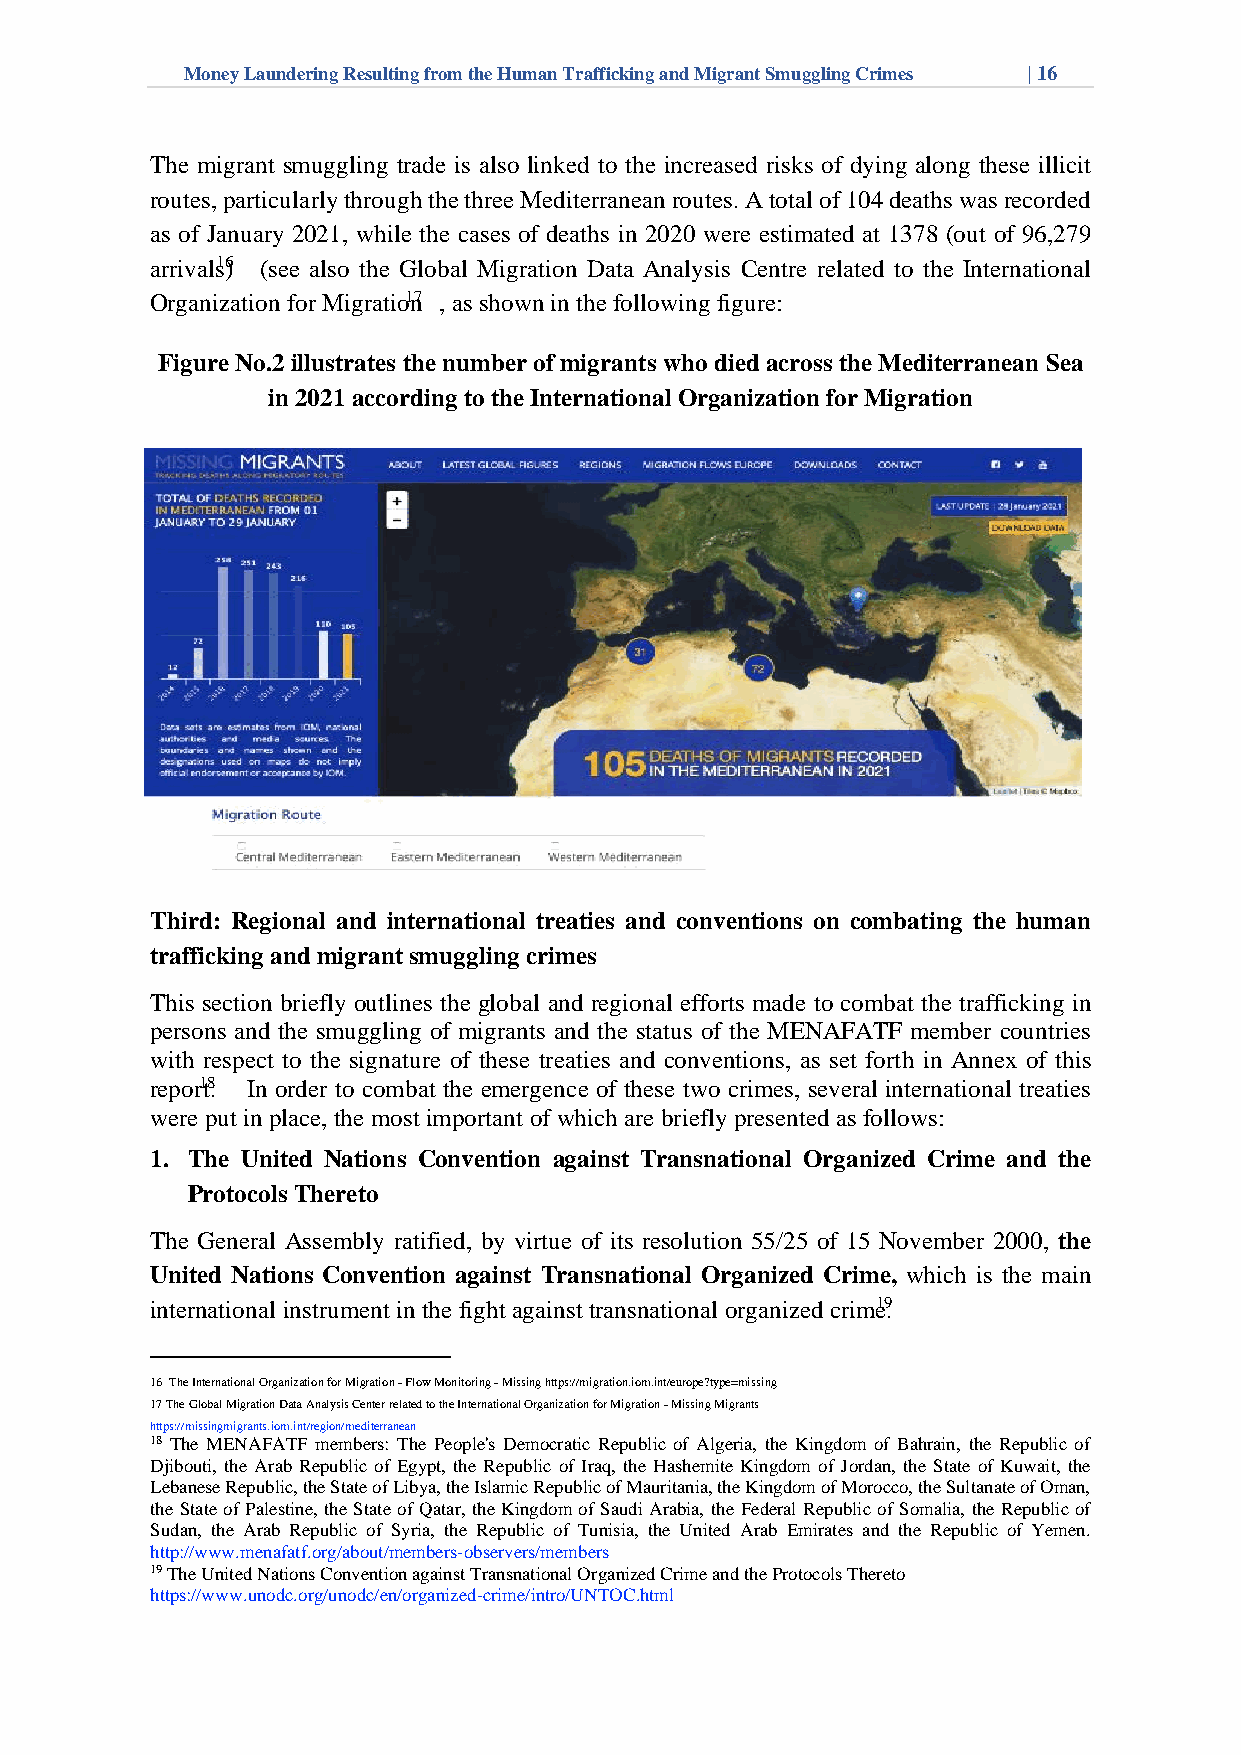
Money Laundering Resulting from the Human Trafficking and Migrant Smuggling Crimes | 16
 The migrant smuggling trade is also linked to the increased risks of dying along these illicit
 routes, particularly through the three Mediterranean routes. A total of 104 deaths was recorded
 as of January 2021, while the cases of deaths in 2020 were estimated at 1378 (out of 96,279
 arrivals16) (see also the Global Migration Data Analysis Centre related to the International
 Organization for Migratio1n7 , as shown in the following figure:
 Figure No.2 illustrates the number of migrants who died across the Mediterranean Sea
 in 2021 according to the International Organization for Migration
 Third: Regional and international treaties and conventions on combating the human
 trafficking and migrant smuggling crimes
 This section briefly outlines the global and regional efforts made to combat the trafficking in
 persons and the smuggling of migrants and the status of the MENAFATF member countries
 with respect to the signature of these treaties and conventions, as set forth in Annex of this
 repor1t8. In order to combat the emergence of these two crimes, several international treaties
 were put in place, the most important of which are briefly presented as follows:
 1. The United Nations Convention against Transnational Organized Crime and the
 Protocols Thereto
 The General Assembly ratified, by virtue of its resolution 55/25 of 15 November 2000, the
 United Nations Convention against Transnational Organized Crime, which is the main
 international instrument in the fight against transnational organized crime19.
 16 The International Organization for Migration - Flow Monitoring - Missing https://migration.iom.int/europe?type=missing
 17 The Global Migration Data Analysis Center related to the International Organization for Migration - Missing Migrants
 https://missingmigrants.iom.int/region/mediterranean
 18 The MENAFATF members: The People's Democratic Republic of Algeria, the Kingdom of Bahrain, the Republic of
 Djibouti, the Arab Republic of Egypt, the Republic of Iraq, the Hashemite Kingdom of Jordan, the State of Kuwait, the
 Lebanese Republic, the State of Libya, the Islamic Republic of Mauritania, the Kingdom of Morocco, the Sultanate of Oman,
 the State of Palestine, the State of Qatar, the Kingdom of Saudi Arabia, the Federal Republic of Somalia, the Republic of
 Sudan, the Arab Republic of Syria, the Republic of Tunisia, the United Arab Emirates and the Republic of Yemen.
 http://www.menafatf.org/about/members-observers/members
 19 The United Nations Convention against Transnational Organized Crime and the Protocols Thereto
 https://www.unodc.org/unodc/en/organized-crime/intro/UNTOC.html